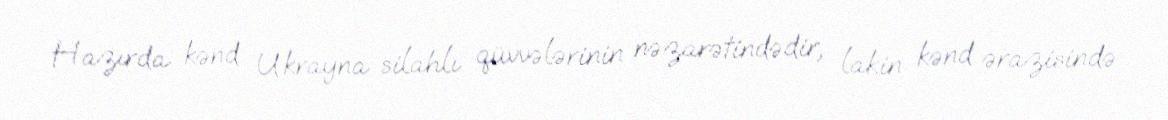
Hazırda kənd Ukrayna silahlı qüvvələrinin nəzarətindədir, lakin kənd ərazisində